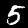
Digit: 5